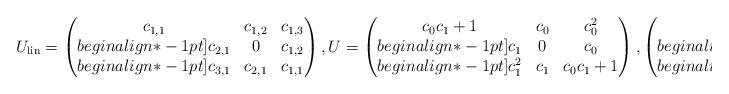
LaTeX: \begin{gather*}U_{{\rm lin}} =\begin{pmatrix} c_{1,1} & c_{1,2} & c_{1,3} \\begin{align*}-1pt] c_{2,1} & 0 & c_{1,2} \\begin{align*}-1pt] c_{3,1} & c_{2,1} & c_{1,1}\end{pmatrix},U = \left(\begin{matrix} c_0 c_1+1 & c_0 & c_0^2 \\begin{align*}-1pt] c_1 & 0 & c_0 \\begin{align*}-1pt] c_1^2 & c_1 & c_0 c_1+1\end{matrix}\right),\begin{pmatrix} * & * & * \\begin{align*}-1pt] * & & * \\begin{align*}-1pt] * & * & *\end{pmatrix}.\end{gather*}